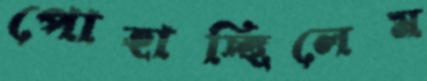
পোহাচ্ছিলেম